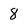
Character: 8